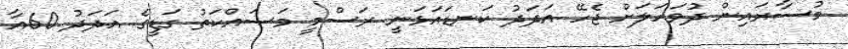
މުސާރައިން ދުވަހަލަށް ޖެހޭ އަދަދު ކަނޑައަޅަނީ ރަސްމީ މަސައްކަތު ގަޑީގެ އަދަދު 60އާ